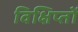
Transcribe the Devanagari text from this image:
विक्षिप्तों